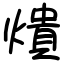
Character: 𤏳